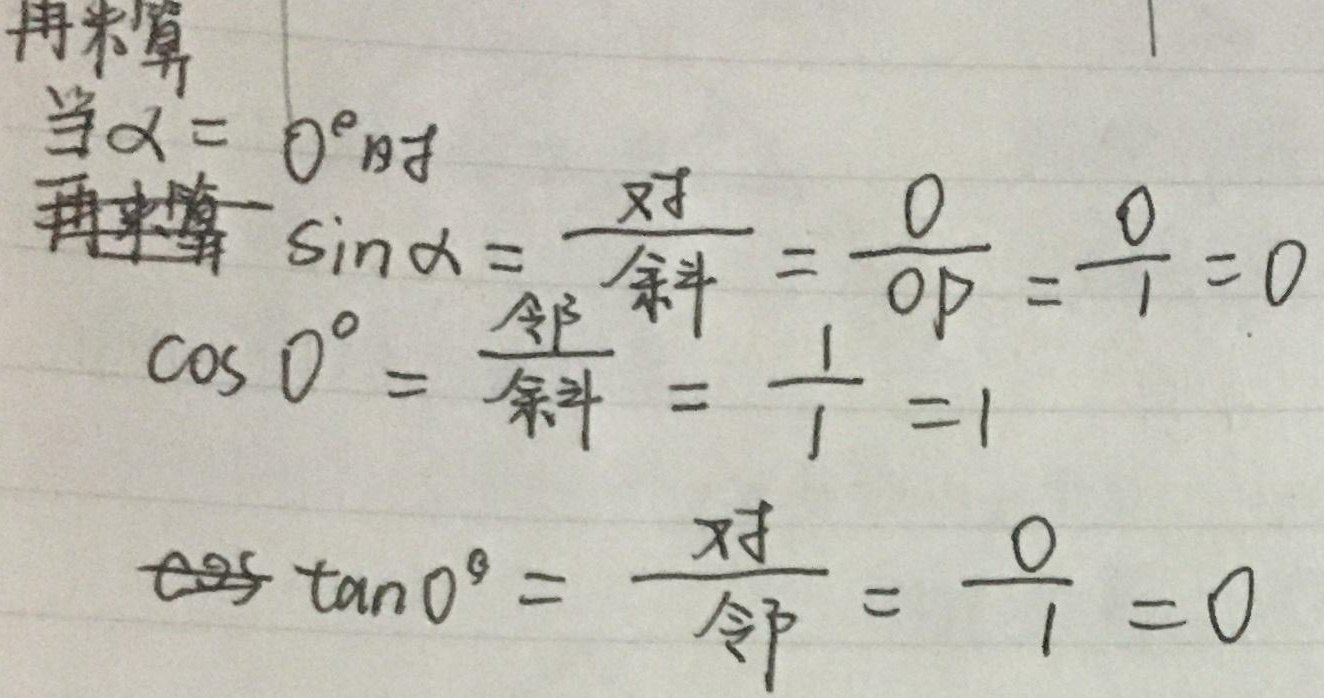
再来算当\(\alpha = 0^{\circ}\)时，
\(\sin\alpha=\frac{\text{对}}{\text{斜}}=\frac{0}{OP}=\frac{0}{1}=0\)
\(\cos 0^{\circ}=\frac{\text{邻}}{\text{斜}}=\frac{1}{1}=1\)
\(\tan 0^{\circ}=\frac{\text{对}}{\text{邻}}=\frac{0}{1}=0\)